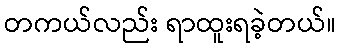
တကယ်လည်း ရာထူးရခဲ့တယ်။